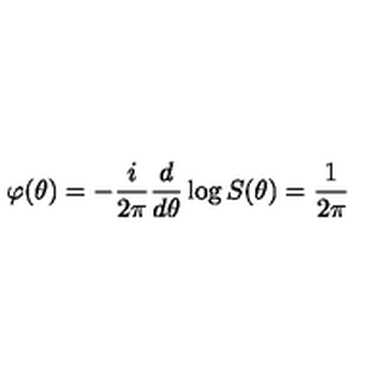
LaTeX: \varphi ( \theta ) = - \frac i { 2 \pi } \frac d { d \theta } \log S ( \theta ) = \frac 1 { 2 \pi }